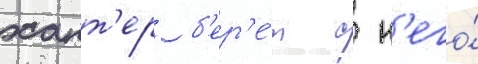
хант'ер б'ер'е́т с н'его́